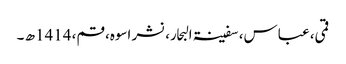
قمی، عباس، سفینۃ البحار، نشر اسوہ، قم، 1414ھ ۔